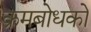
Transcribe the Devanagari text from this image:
क्रमबोधको